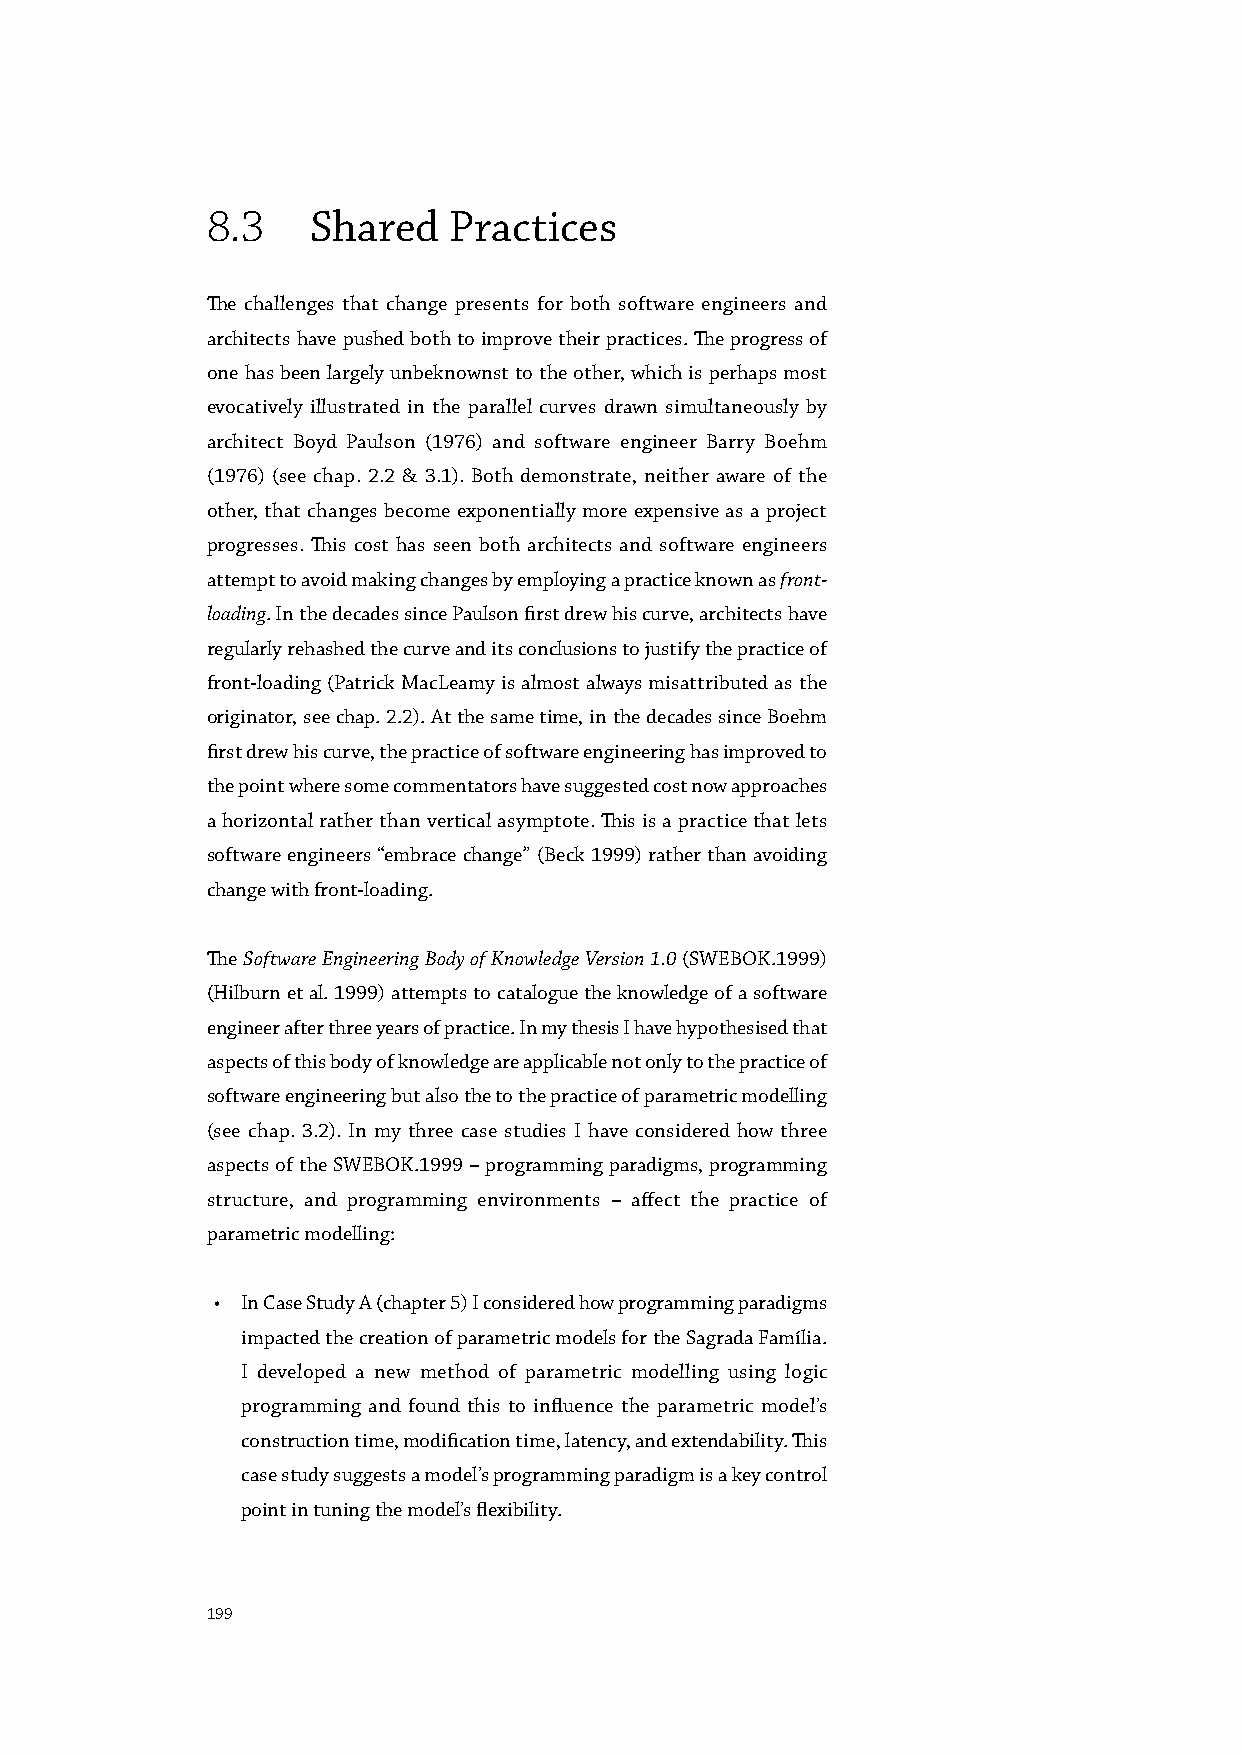
8.3    Shared   Practices
 The challenges that change presents for both software engineers and
 architects have pushed both to improve their practices. The progress of
 one has been largely unbeknownst to the other, which is perhaps most
 evocatively illustrated in the parallel curves drawn simultaneously by
 architect Boyd Paulson (1976) and software engineer Barry Boehm
 (1976) (see chap. 2.2 & 3.1). Both demonstrate, neither aware of the
 other, that changes become exponentially more expensive as a project
 progresses. This cost has seen both architects and software engineers
 attempt to avoid making changes by employing a practice known as front-
 loading. In the decades since Paulson first drew his curve, architects have
 regularly rehashed the curve and its conclusions to justify the practice of
 front-loading (Patrick MacLeamy is almost always misattributed as the
 originator, see chap. 2.2). At the same time, in the decades since Boehm
 first drew his curve, the practice of software engineering has improved to
 the point where some commentators have suggested cost now approaches
 a horizontal rather than vertical asymptote. This is a practice that lets
 software engineers “embrace change” (Beck 1999) rather than avoiding
 change with front-loading.
 The Software Engineering Body of Knowledge Version 1.0 (SWEBOK.1999)
 (Hilburn et al. 1999) attempts to catalogue the knowledge of a software
 engineer after three years of practice. In my thesis I have hypothesised that
 aspects of this body of knowledge are applicable not only to the practice of
 software engineering but also the to the practice of parametric modelling
 (see chap. 3.2). In my three case studies I have considered how three
 aspects of the SWEBOK.1999 – programming paradigms, programming
 structure, and programming environments – affect the practice of
 parametric modelling:
 • In Case Study A (chapter 5) I considered how programming paradigms
 impacted the creation of parametric models for the Sagrada Família.
 I developed a new method of parametric modelling using logic
 programming and found this to influence the parametric model’s
 construction time, modification time, latency, and extendability. This
 case study suggests a model’s programming paradigm is a key control
 point in tuning the model’s flexibility.
 199